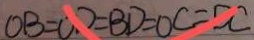
O B = O D = B D = O C = D C